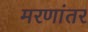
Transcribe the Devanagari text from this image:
मरणांतर